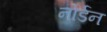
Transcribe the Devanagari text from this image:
नोर्डन